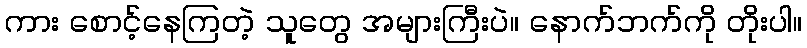
ကား စောင့်နေကြတဲ့ သူတွေ အများကြီးပဲ။ နောက်ဘက်ကို တိုးပါ။